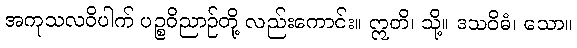
အကုသလဝိပါက် ပဉ္စဝိညာဉ်တို့ လည်းကောင်း။ ဣတိ၊ သို့။ ဒသဝိဓံ၊ သော။